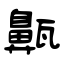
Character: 齀